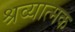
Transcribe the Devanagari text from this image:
श्रव्यात्मक